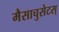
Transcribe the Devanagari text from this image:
मैसाचुसेटस्